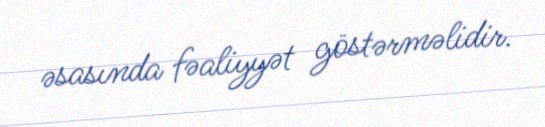
əsasında fəaliyyət göstərməlidir.